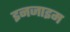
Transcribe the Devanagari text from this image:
इनजाइम